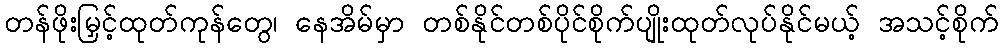
တန်ဖိုးမြှင့်ထုတ်ကုန်တွေ၊ နေအိမ်မှာ တစ်နိုင်တစ်ပိုင်စိုက်ပျိုးထုတ်လုပ်နိုင်မယ့် အသင့်စိုက်